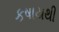
કષાયથી